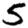
Digit: 5